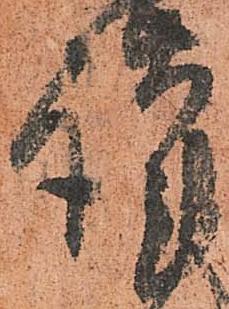
謹